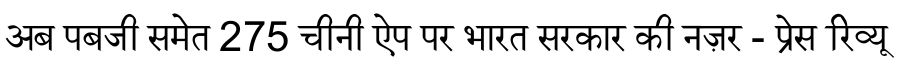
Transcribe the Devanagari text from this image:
अब पबजी समेत 275 चीनी ऐप पर भारत सरकार की नज़र - प्रेस रिव्यू